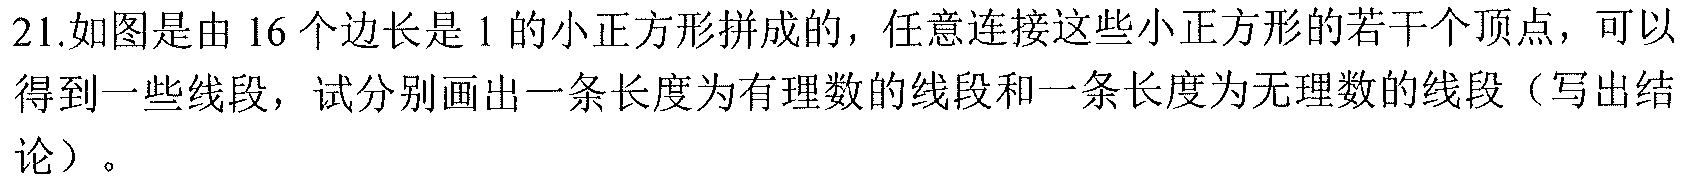
21.如图是由\(16\)个边长是\(1\)的小正方形拼成的，任意连接这些小正方形的若干个顶点，可以得到一些线段，试分别画出一条长度为有理数的线段和一条长度为无理数的线段（写出结论）。